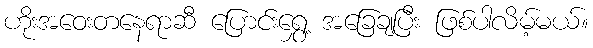
ဟိုးအဝေးတနေရာဆီ ပြောင်းရွှေ့ အခြေချပြီး ဖြစ်ပါလိမ့်မယ်။